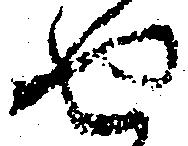
せ